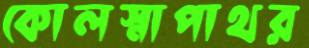
কোলস্নাপাথর